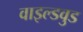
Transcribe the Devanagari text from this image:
वाइल्डवुड